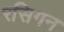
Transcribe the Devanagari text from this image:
रसिगन